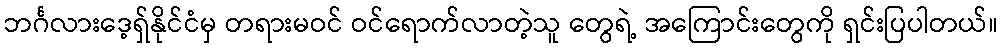
ဘင်္ဂလားဒေ့ရှ်နိုင်ငံမှ တရားမဝင် ဝင်ရောက်လာတဲ့သူ တွေရဲ့ အကြောင်းတွေကို ရှင်းပြပါတယ်။